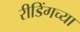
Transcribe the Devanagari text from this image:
रीडिंगच्या